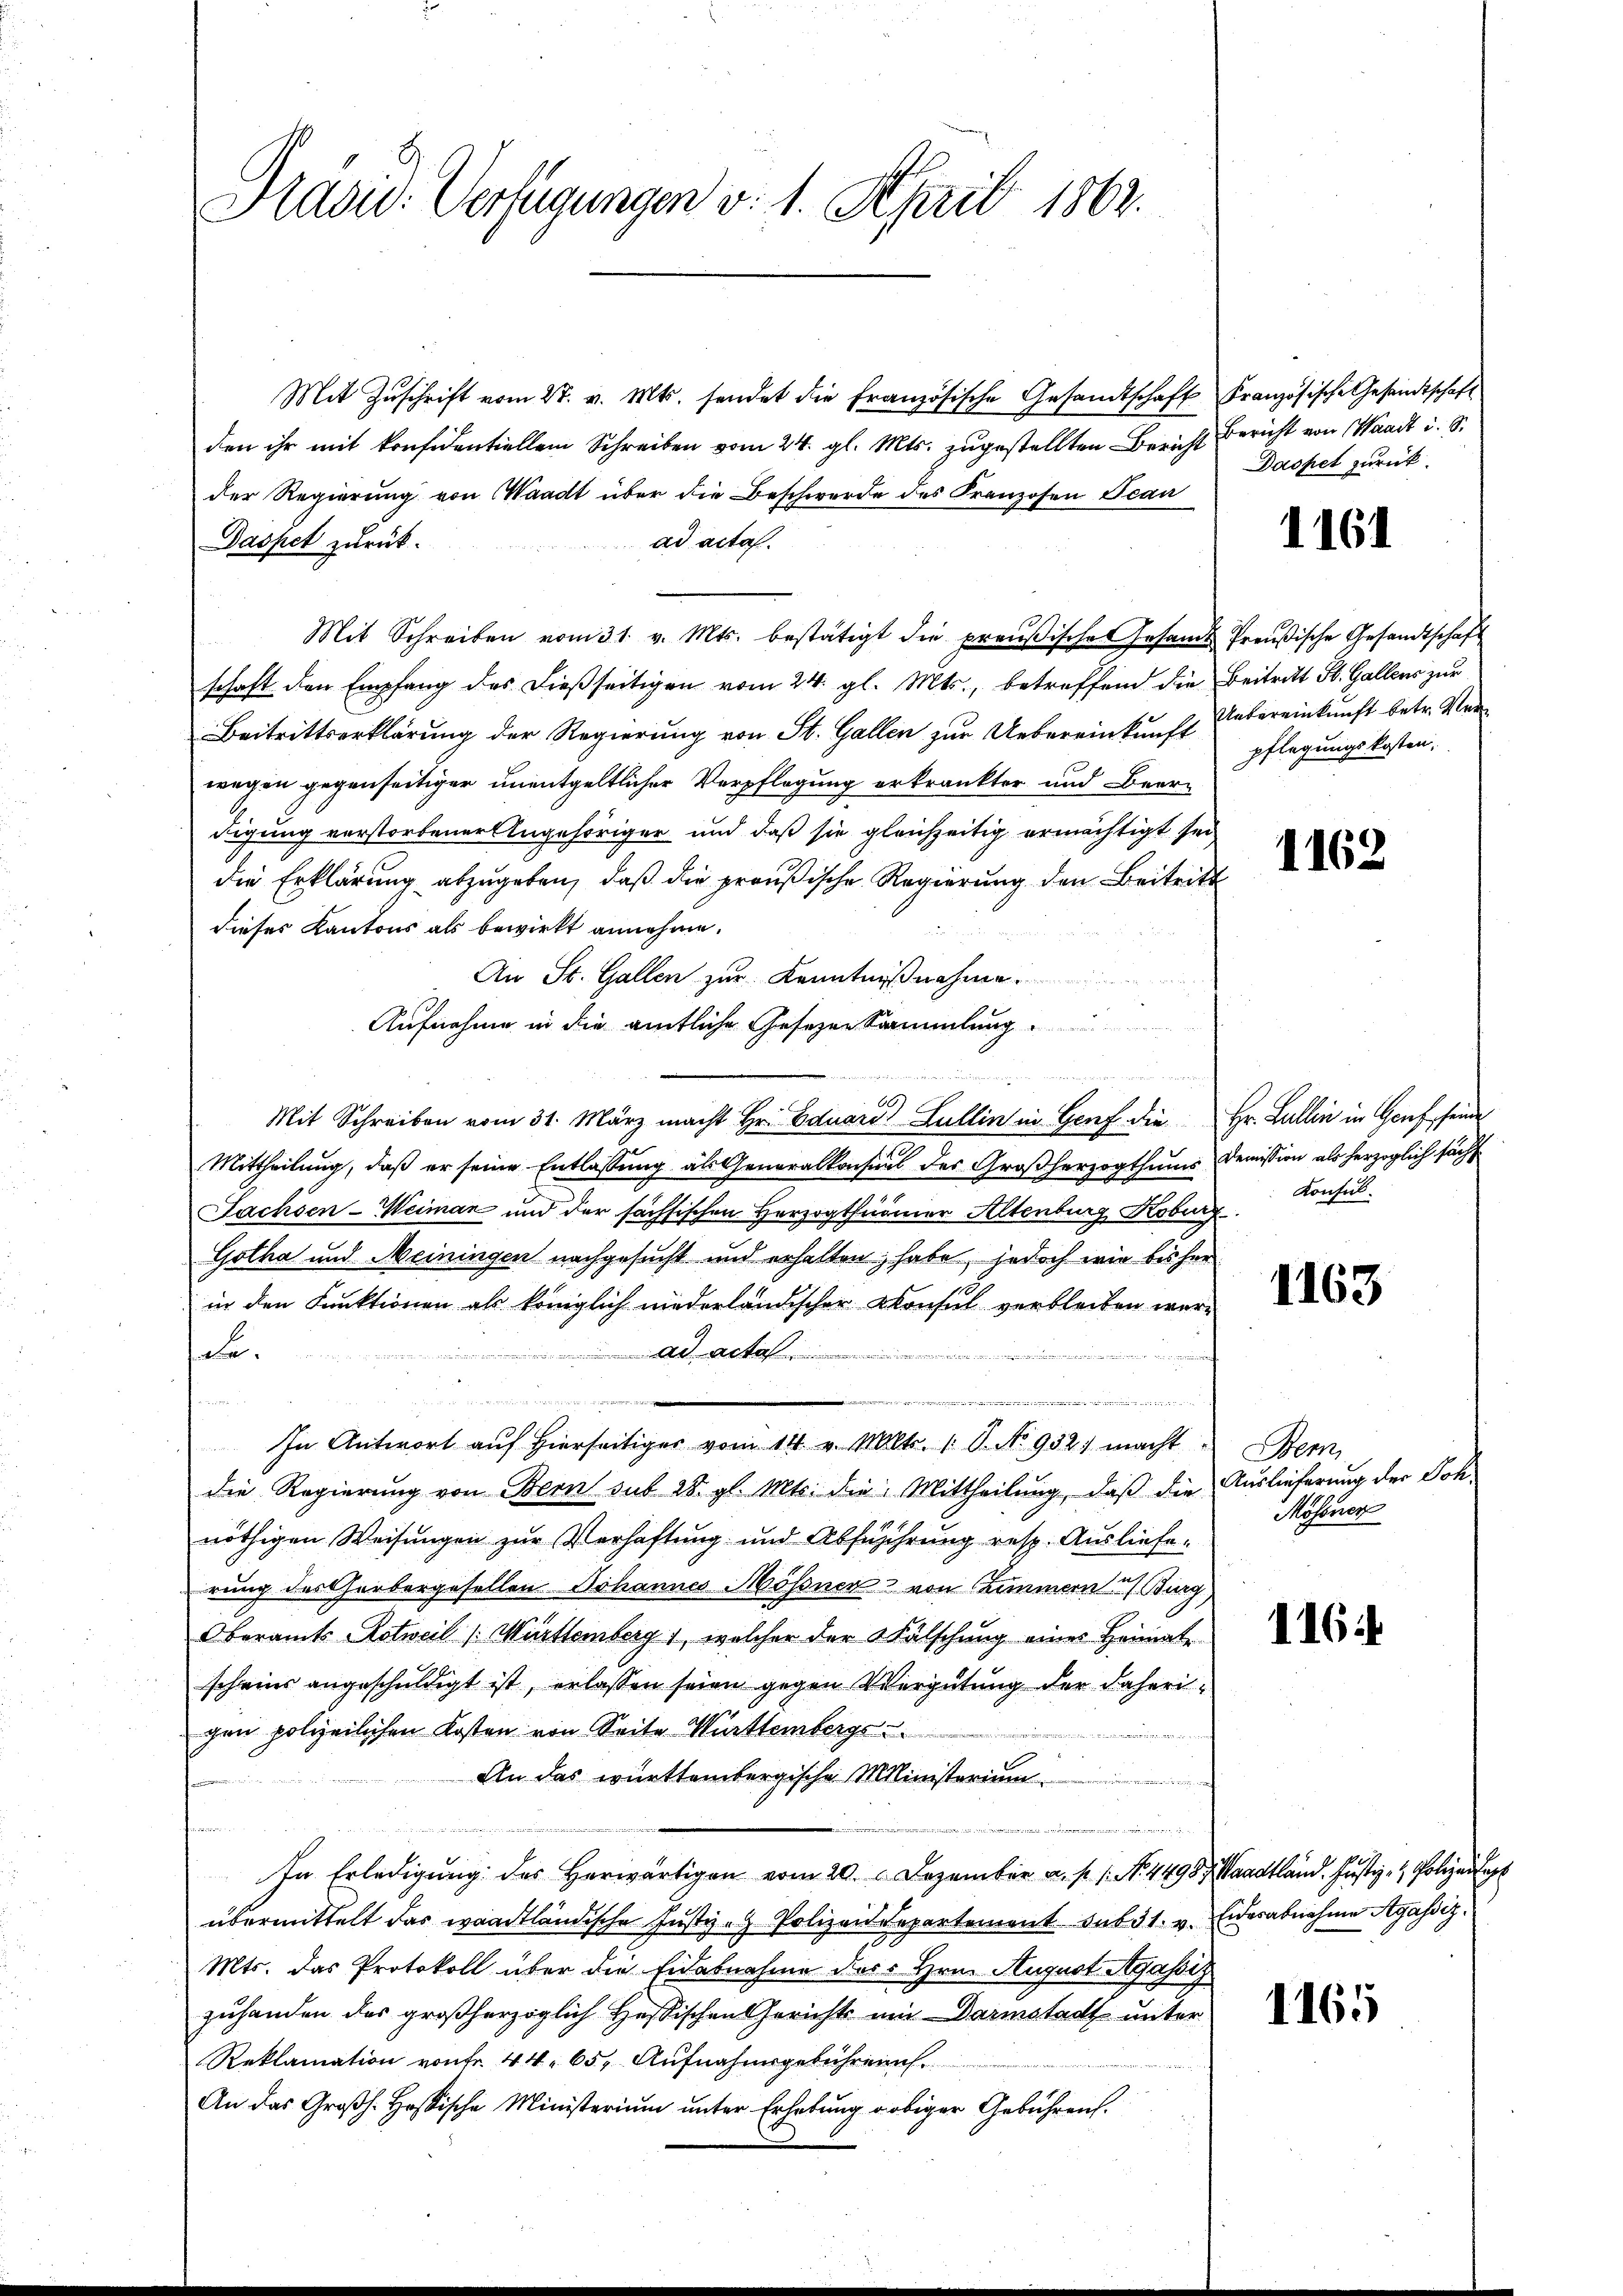
Mit Zŭschrift vom 27. v. Mts. sendet die französische Gesandtschaft Französische Gesandtschaft
den ihr mit konfidentiellem Schreiben vom 24. gl. Mts. zugestellten Bericht
der Regierung von Waadt über die Beschwerde des Franzosen Scan
ad acta.
Daspet zurück.
Mit Schreiben vom 31. v. Mts. bestätigt die preußische Gesandts Preußische Gesandtschaft
schaft den Empfang des dießseitigen vom 24. gl. Mts., betreffend die Beitritt St. Gallens zur
Beitrittserklärung der Regierŭng von St. Gallen zŭr Uebereinkunft Uebereinkunft betr. Ver-
wegen gegenseitiger unentgeltlicher Verpflegung erkränkter und Beerdigung vorstorbener Angehöriger und daß sie gleichzeitig ermächtigt sei
die Erklärung abzugeben, daß die preußische Regierung den Beitritt
dieses Kantons als bewirkt annehme.
An St. Gallen zur Kenntnißnahme.
Aufnahme in die amtliche Gesezen Sammlung.
n
66
Mit Schreiben vom 31. März macht Hr. Eduard Lullin in Genf die Hr. Lullin in Genf seine
Mittheilŭng, daβ er seine Entlassŭng als Generalkonsul des Großherzogthums demission als herzoglich sucht
Fachsen-Weiman und der sächsischen Herzogthumer Altenburg Koburg
Gotha und Meiningen nachgesucht und erhalten habe, jedoch wie bisher
in den Funktionen als königlich niederländischer Konsul verbleiben wersale.
ad acta
n
In Antwort auf hierseitiger vom 14. v. Mts. 18. No 952. macht
die Regierung von Bern sub 28. gl. Mts. die Mittheilung, daß die Auslieferung der Sch
nöthigen Weisungen zur Verhaftung und Abführung resp. Auslieferung des Gerbergesellen. Johannes Mösner von Zimmern Burg,
Oberamts Astweil (Württemberg), welcher der Fälschung eines Heimatscheins angeschuldigt ist, erlassen seien gegen Vergütung der daherigen polizeilichen Kosten von Seite Württembergs u
u
An das württembergische Ministerium

d
In Erledigŭng des herwärtigen vom 20. Dezember a. p. 1. No. 4498, Waadtländ. Justiz- & Polizei sagt
übermittelt das waadtländische Justiz- Polizeidepartement sub 31. v. Eiderabnahme Agassiz¬
Mts. das Protokoll über die Eidabnahme dass Hrn. August Agassiz
zuhanden das großherzoglich Hessischen Gerichts um Darmstadt unter
Reklamation von Fr. 44. 65, Aufnahmsgebühren
An das Großh. Hassische Ministerium unter Erhebung obiger Gebühren.

Präsid. Verfügungen v. 1. April 1862.

Bericht von Waadt u. S.
Dasset zurück.

pflegungskosten.

1161

1162

Konsul

1163

Bem
Mösner

1164

1165